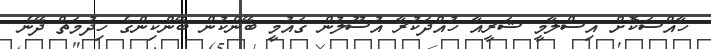
ހާއްސަކޮށް އިސްލާމީ ޝަރީއާ ހުއްދަކުރާ އުސޫލުން ގައުމީ ބޭންކުން ބޭންކިންގެ ހިދުމަތް ދޭނެ